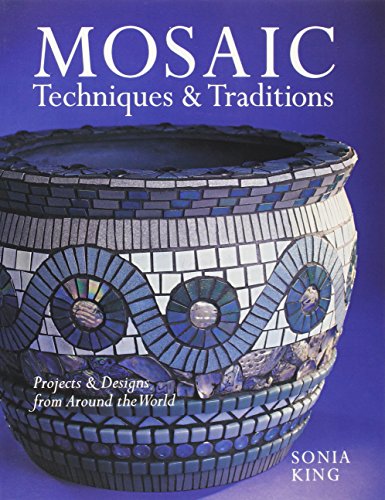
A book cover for Mosaic Techniques & Traditions: Projects & Designs from Around the World; Sonia King; Crafts, Hobbies & Home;